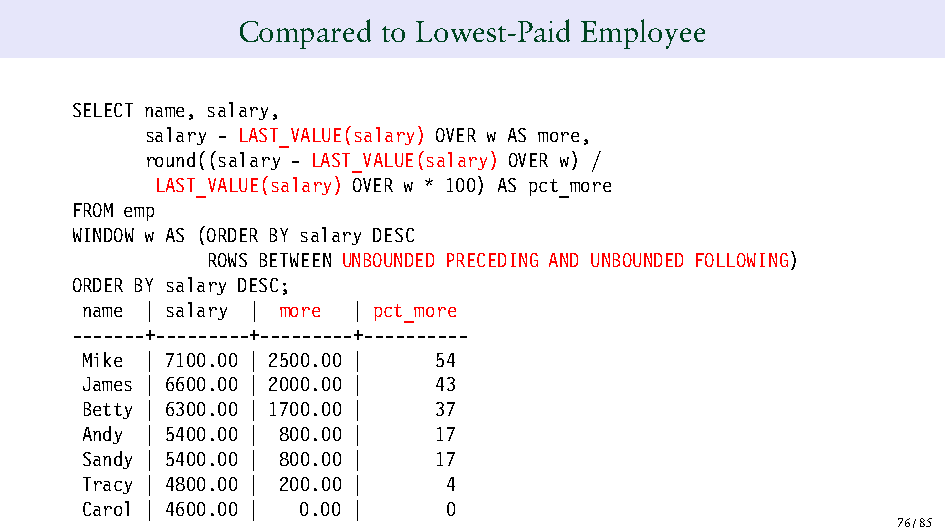
Compared to Lowest-Paid Employee
 SELECT name, salary,
 salary - LAST_VALUE(salary) OVER w AS more,
 round((salary - LAST_VALUE(salary) OVER w) /
 LAST_VALUE(salary) OVER w * 100) AS pct_more
 FROM emp
 WINDOW w AS (ORDER BY salary DESC
 ROWS BETWEEN UNBOUNDED PRECEDING AND UNBOUNDED FOLLOWING)
 ORDER BY salary DESC;
 name | salary | more | pct_more
 -------+---------+---------+----------
 Mike | 7100.00 | 2500.00 | 54
 James | 6600.00 | 2000.00 | 43
 Betty | 6300.00 | 1700.00 | 37
 Andy | 5400.00 | 800.00 | 17
 Sandy | 5400.00 | 800.00 | 17
 Tracy | 4800.00 | 200.00 | 4
 Carol | 4600.00 | 0.00 | 0
 76/85